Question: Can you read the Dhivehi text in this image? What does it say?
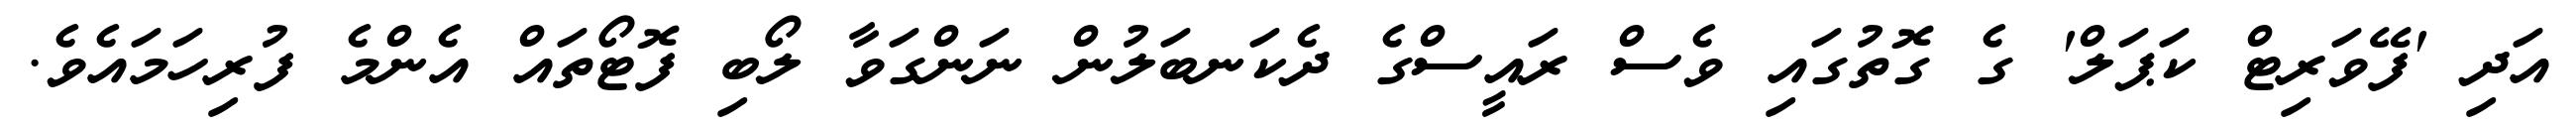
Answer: އަދި 'ފޭވަރިޓް ކަޕަލް' ގެ ގޮތުގައި ވެސް ރައީސްގެ ދެކަނބަލުން ނަންގަވާ ލޯބި ފޮޓޯތައް އެންމެ ފުރިހަމައެވެ.